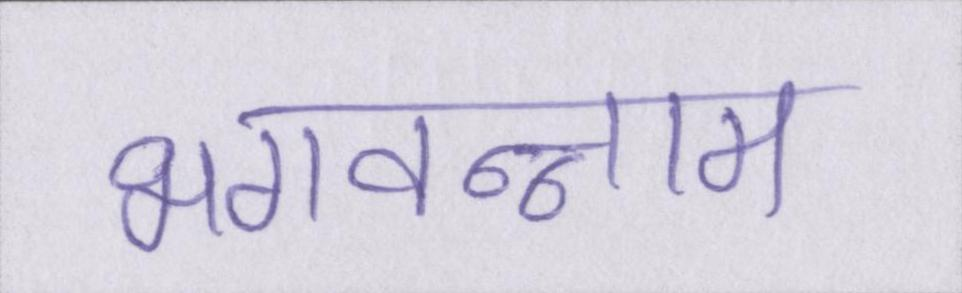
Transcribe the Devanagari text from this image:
भगवन्नाम